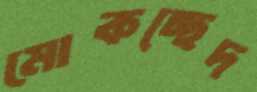
মোকচ্ছেদ